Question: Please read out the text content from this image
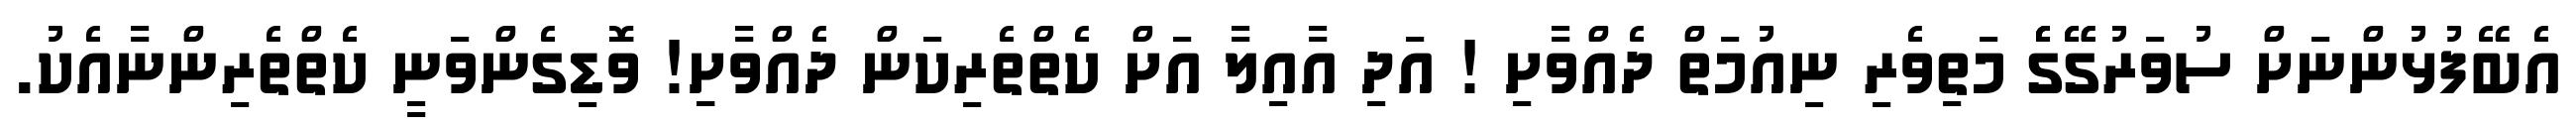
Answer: އެބޭފުޅުންނަށް ސުވަރުގޭޭގެެެެެ މަތިވެރި ނިއުމަތް ދެއްވާށި ! އަދި އާއިލާ އަށް ކެތްތެރިކަން ދެއްވާށިި! ވޮޑިގެންވަނީ ކެތްތެރިންނާއެކު.